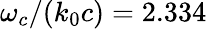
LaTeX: \omega_{c}/{\left(k_{0}c\right)}=2.334